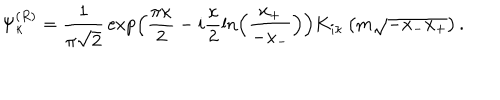
LaTeX: \Psi _ { \kappa } ^ { ( R ) } = \frac 1 { \pi \sqrt { 2 } } \, \exp \left( \frac { \pi \kappa } 2 - i \frac { \kappa } 2 \ln \left( \frac { x _ { + } } { - x _ { - } } \right) \right) K _ { i \kappa } \left( m \sqrt { - x _ { - } x _ { + } } \right) .